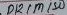
Text: D12